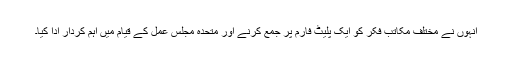
انہوں نے مختلف مکاتب فکر کو ایک پلیٹ فارم پر جمع کرنے اور متحدہ مجلس عمل کے قیام میں اہم کردار ادا کیا۔